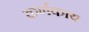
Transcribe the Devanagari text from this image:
कर्णकाय